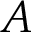
A